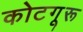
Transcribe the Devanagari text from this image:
कोटगूरू